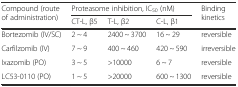
<table><thead><tr><td rowspan="2"><b>Compound (route of administration)</b></td><td colspan="3"><b>Proteasome inhibition, IC<sub>50</sub> (nM)</b></td><td rowspan="2"><b>Binding kinetics</b></td></tr><tr><td><b>CT-L, β5</b></td><td><b>T-L, β2</b></td><td><b>C-L, β1</b></td></tr></thead><tbody><tr><td>Bortezomib (IV/SC)</td><td>2 ~ 4</td><td>2400 ~ 3700</td><td>16 ~ 29</td><td>reversible</td></tr><tr><td>Carfilzomib (IV)</td><td>7 ~ 9</td><td>400 ~ 460</td><td>420 ~ 590</td><td>irreversible</td></tr><tr><td>Ixazomib (PO)</td><td>3 ~ 5</td><td>&gt;10000</td><td>6 ~ 7</td><td>reversible</td></tr><tr><td>LC53-0110 (PO)</td><td>1 ~ 5</td><td>&gt;20000</td><td>600 ~ 1300</td><td>reversible</td></tr></tbody></table>